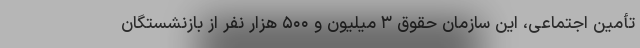
تأمین اجتماعی، این سازمان حقوق ۳ میلیون و ۵۰۰ هزار نفر از بازنشستگان